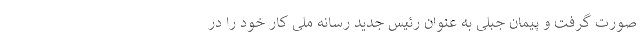
صورت گرفت و پیمان جبلی به عنوان رئیس‌ جدید رسانه ملی کار خود را در